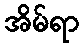
အိမ်ရာ